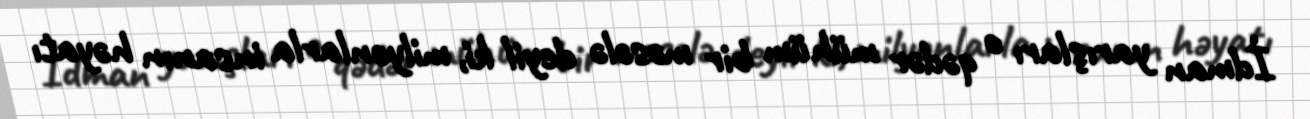
İdman yarışları o qədər mühüm bir məsələ deyil ki, milyonlarla insanın həyatı